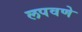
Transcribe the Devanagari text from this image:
लपवणे